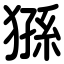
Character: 猻